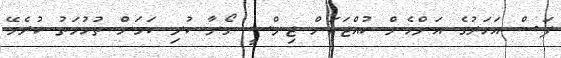
ފަސް އަހަރުގެ އަންހެން ކުއްޖަކަށް ޖިންސީ ގޯނާ ކުރި ކަމަށް ތުހުމަތު ކުރެވޭ